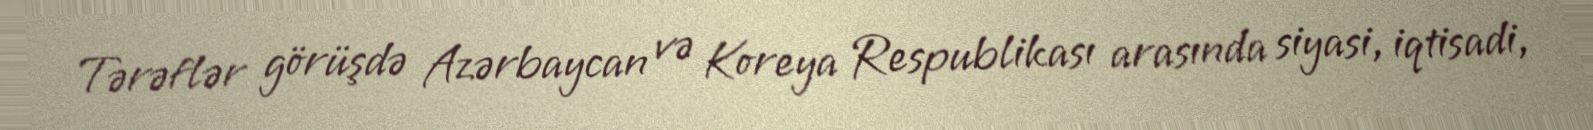
Tərəflər görüşdə Azərbaycan və Koreya Respublikası arasında siyasi, iqtisadi,